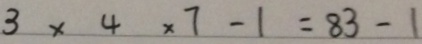
3 \times 4 \times 7 - 1 = 8 3 - 1